Report of an investigation of the epidemic of malarial fever in Assam, or, kala-azar
Disease focus: Malaria
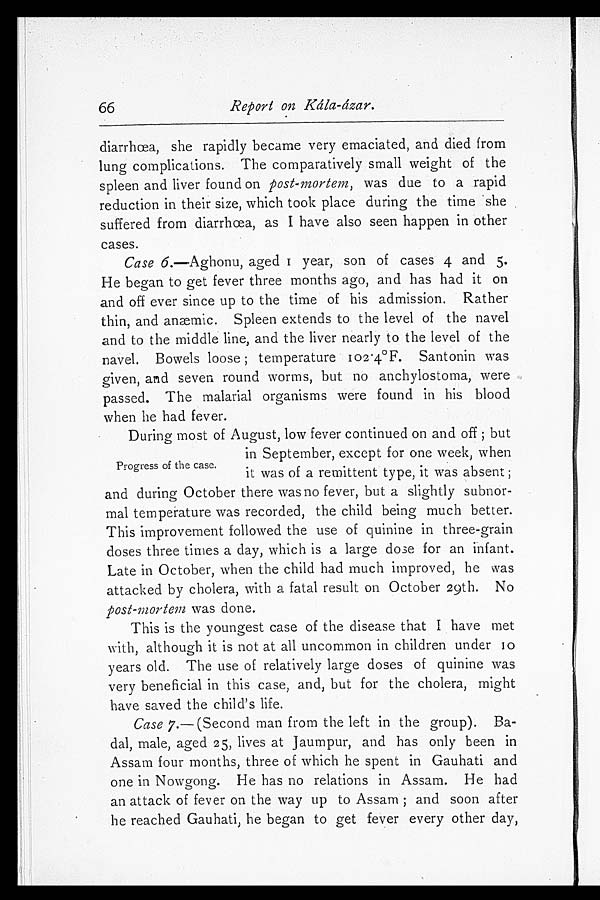
66
Report on kála-ázar.
diarrhœa, she rapidly became very emaciated, and died from
lung complications. The comparatively small weight of the
spleen and liver found on post-mortem, was due to a rapid
reduction in their size, which took place during the time she
suffered from diarrhœa, as I have also seen happen in other
cases.
Case 6.—Aghonu, aged 1 year, son of cases 4 and 5.
He began to get fever three months ago, and has had it on
and off ever since up to the time of his admission. Rather
thin, and anæmic. Spleen extends to the level of the navel
and to the middle line, and the liver nearly to the level of the
navel. Bowels loose; temperature 102.4°F. Santonin was
given, and seven round worms, but no anchylostoma, were
passed. The malarial organisms were found in his blood
when he had fever.
Progress of the case.
During most of August, low fever continued on and off; but
in September, except for one week, when
it was of a remittent type, it was absent;
and during October there was no fever, but a slightly subnor
- m a l t e m p e r a t u r e w a s r e c o r d e d , t h e c h i l d b e i n g m u c h b e t t e r .
This improvement followed the use of quinine in three-grain
doses three times a day, which is a large dose for an infant.
Late in October, when the child had much improved, he was
attacked by cholera, with a fatal result on October 29th. No
post-mortem was done.
This is the youngest case of the disease that I have met
with, although it is not at all uncommon in children under 10
years old. The use of relatively large doses of quinine was
very beneficial in this case, and, but for the cholera, might
have saved the child's life.
Case 7. —(Second man from the left in the group). Ba
- d a l , m a l e , a g e d 2 5 , l i v e s a t J a u m p u r , a n d h a s o n l y b e e n i n
Assam four months, three of which he spent in Gauhati and
one in Nowgong. He has no relations in Assam. He had
an attack of fever on the way up to Assam; and soon after
he reached Gauhati, he began to get fever every other day
,